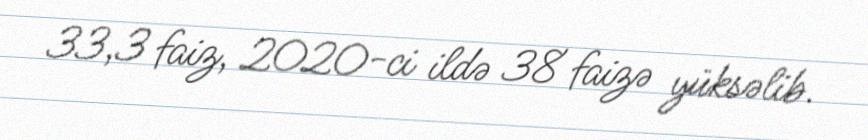
33,3 faiz, 2020-ci ildə 38 faizə yüksəlib.